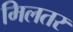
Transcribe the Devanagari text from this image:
मिलतर